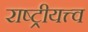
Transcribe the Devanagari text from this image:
राष्ट्रीयत्त्व